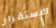
الإستقرار